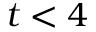
t < 4